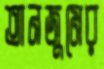
তানজুমের